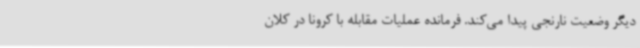
دیگر وضعیت نارنجی پیدا می‌کند. فرمانده عملیات مقابله با کرونا در کلان